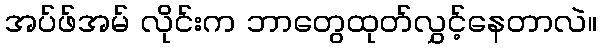
အပ်ဖ်အမ် လိုင်းက ဘာတွေထုတ်လွှင့်နေတာလဲ။